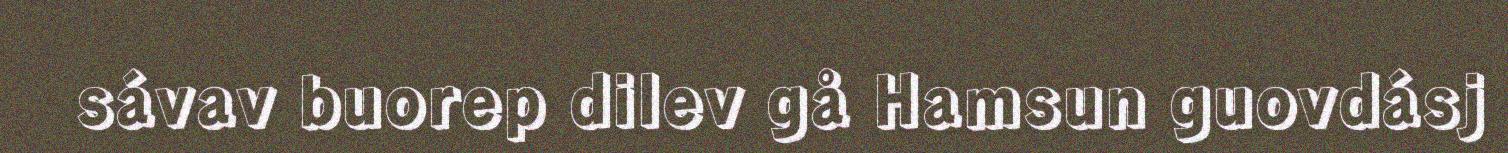
sávav buorep dilev gå Hamsun guovdásj